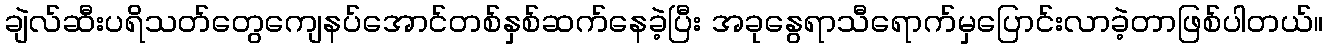
ချဲလ်ဆီးပရိသတ်တွေကျေနပ်အောင်တစ်နှစ်ဆက်နေခဲ့ပြီး အခုနွေရာသီရောက်မှပြောင်းလာခဲ့တာဖြစ်ပါတယ်။